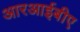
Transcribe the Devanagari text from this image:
आरआईबीए